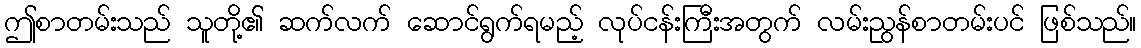
ဤစာတမ်းသည် သူတို့၏ ဆက်လက် ဆောင်ရွက်ရမည့် လုပ်ငန်းကြီးအတွက် လမ်းညွန်စာတမ်းပင် ဖြစ်သည်။